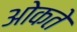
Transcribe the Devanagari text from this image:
ओकते